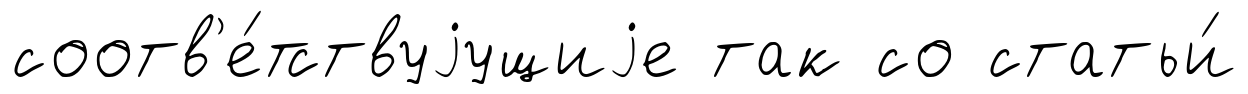
соотв'е́тствуjущиjе так со статьи́